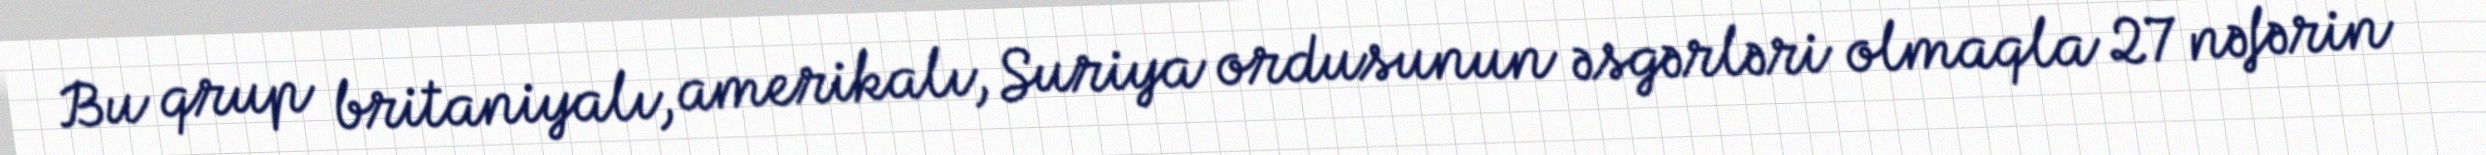
Bu qrup britaniyalı, amerikalı, Suriya ordusunun əsgərləri olmaqla 27 nəfərin